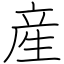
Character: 産